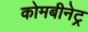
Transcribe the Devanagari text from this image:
कोमबीनेट्र